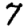
Digit: 7